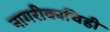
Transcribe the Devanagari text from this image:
नागरीकाचिही